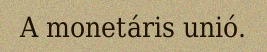
A monetáris unió.